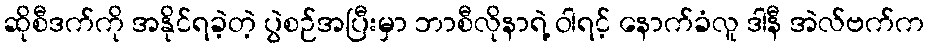
ဆိုစီဒက်ကို အနိုင်ရခဲ့တဲ့ ပွဲစဉ်အပြီးမှာ ဘာစီလိုနာရဲ့ ဝါရင့် နောက်ခံလူ ဒါနီ အဲလ်ဗက်က